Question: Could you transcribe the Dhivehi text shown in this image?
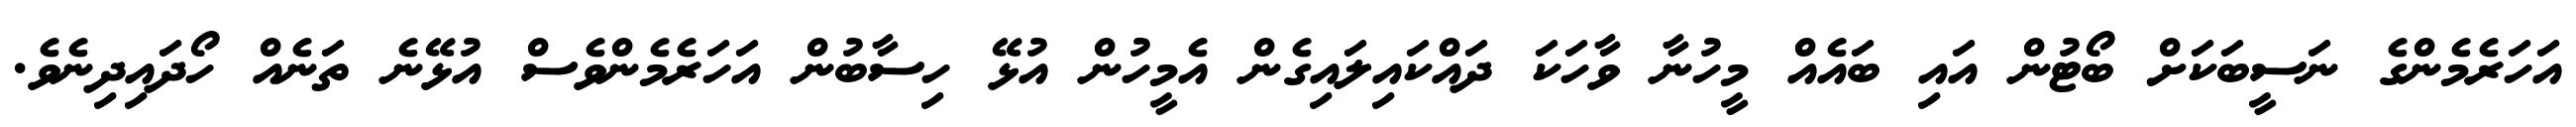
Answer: އަހަރެމެންގެ ނަސީބަކަށް ބޯޓުން އައި ބައެއް މީހުނާ ވާހަކަ ދައްކައިލައިގެން އެމީހުން އުޅޭ ހިސާބުން އަހަރެމެންވެސް އުޅޭނެ ތަނެއް ހޯދައިދިނެވެ.